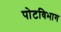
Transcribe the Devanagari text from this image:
पोटविभाग